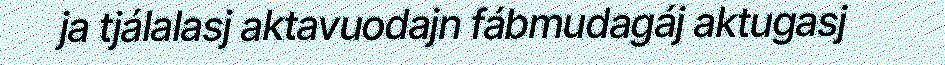
ja tjálalasj aktavuodajn fábmudagáj aktugasj